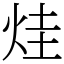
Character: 烓